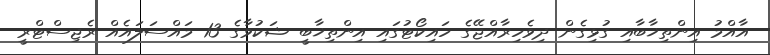
އާއްމު އިންތިޚާބާއި ގުޅިގެން ދިވެހިރާއްޖޭގެ ހައިކޯޓުގައި އިންތިޚާބީ ޝަކުވާގެ 13 މައްސަލައެއް ރެޖިސްޓްރީ